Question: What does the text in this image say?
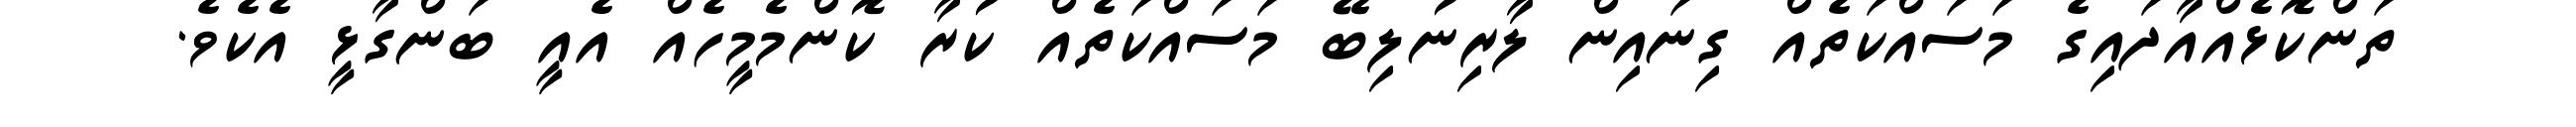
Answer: ތަންކޮޅެއްއާދައިގެ މަސައްކަތެއް ގިނައިން ލާރިނުލިބޭ މަސައްކަތެއް ކުރާ ކޮންމެމީހެއް އެއީ ބަންގާޅީ އެކެވެ.